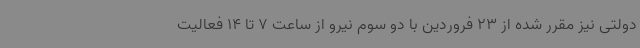
دولتی نیز مقرر شده از 23 فروردین با دو سوم نیرو از ساعت 7 تا 14 فعالیت